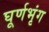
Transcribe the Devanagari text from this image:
घूर्णभृंग